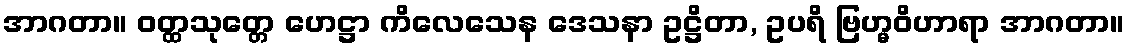
အာဂတာ။ ဝတ္ထသုတ္တေ ဟေဋ္ဌာ ကိလေသေန ဒေသနာ ဥဋ္ဌိတာ, ဥပရိ ဗြဟ္မဝိဟာရာ အာဂတာ။